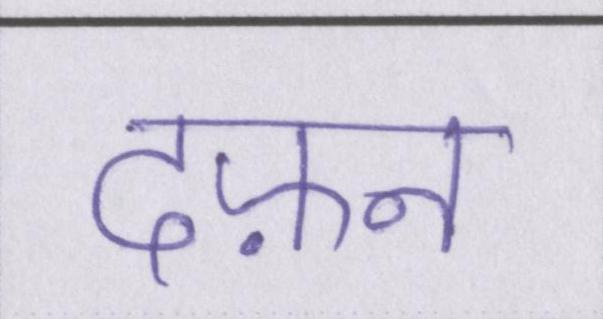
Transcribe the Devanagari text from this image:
दफ़्न